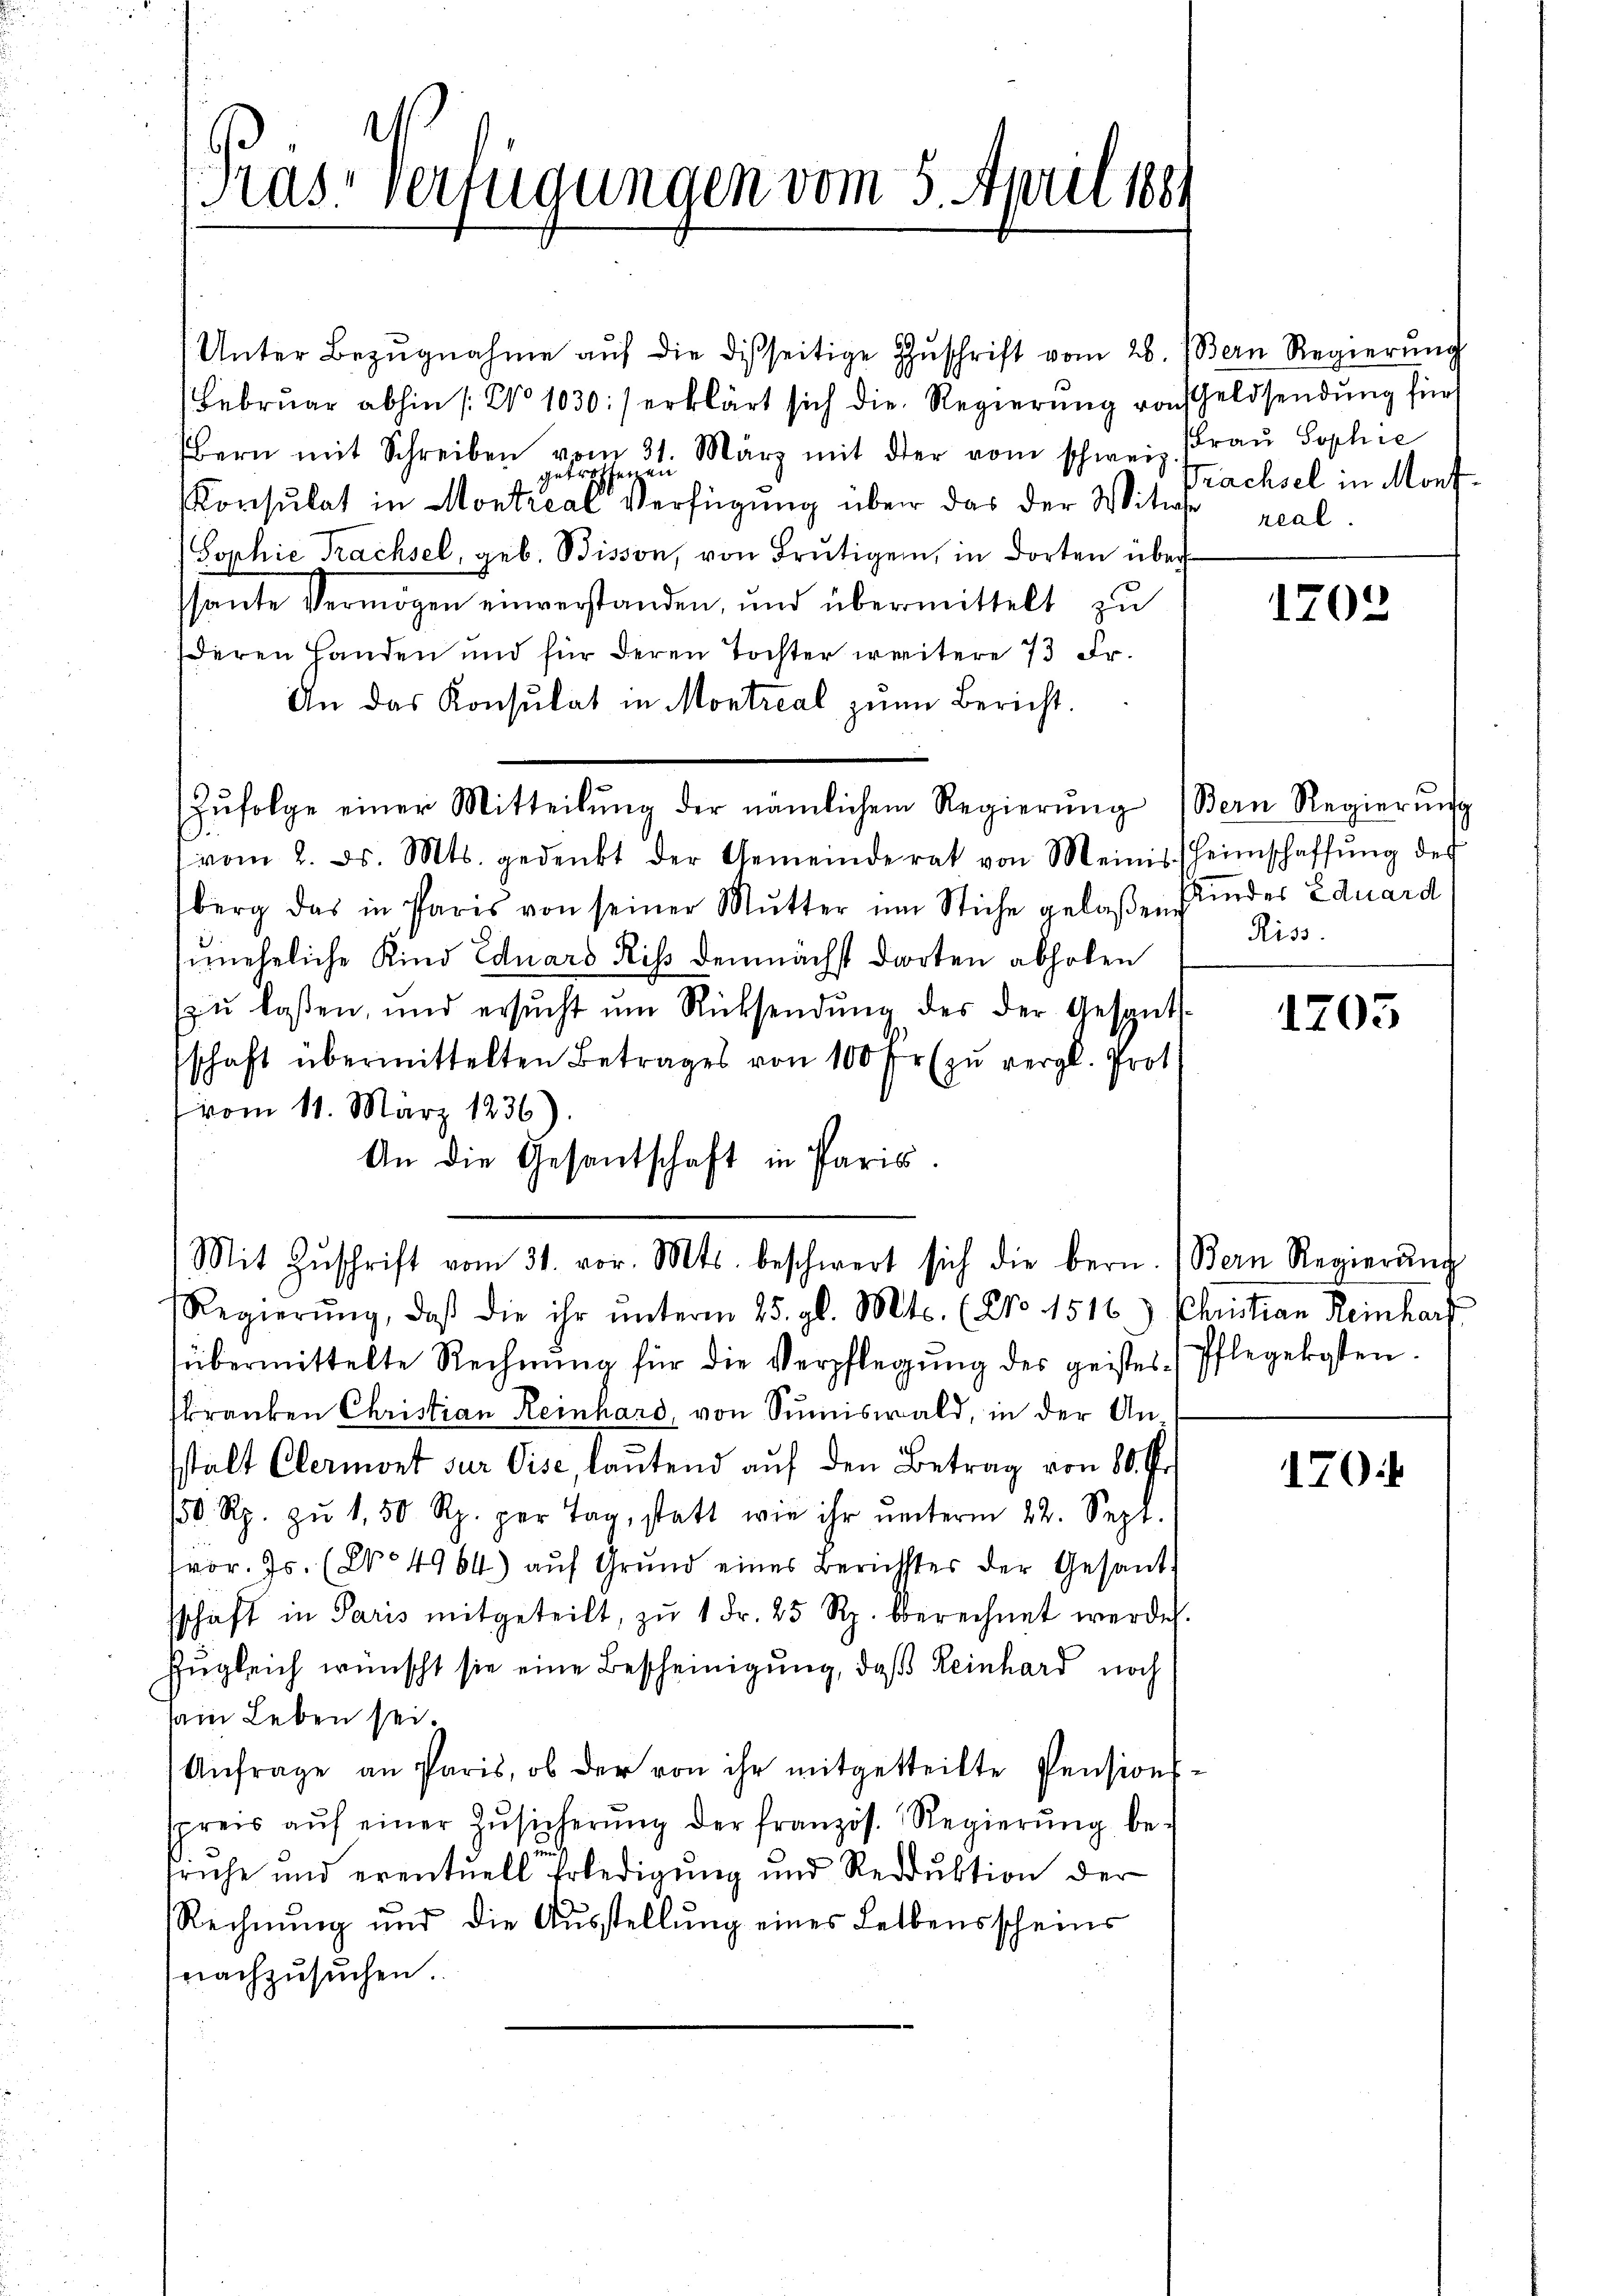
Kras Verfügungen vom 5. April 189

Unter Bezŭgnahme aŭf die disseitige Zŭschrift vom 28. Bern Regierŭng
Februar abhin /: No 1030:) erklärt sich die Regierung von Geldsendung für
bern mit Schreiben vom 31. März mit der vom schweiz. Fraŭ Sophie
seizen
getro
Konsulat in Montreal verfügung über das der Witwe
Sophie Trachsel, geb. Bisson, von Brŭtigen, in dorten über-
hante Vermögen einverstanden, und übermittelt zŭ
deren Landen und für deren Tochter weitere 73 Fr.
An das Konsulat in Montreal zum Bericht.
Zŭfolge einer Mitteilŭng der nämlichem Regierŭng (Bern Regierŭng
vom 2. ds. Mts. gedenkt der Gemeinderat von Meinis heimschaffŭng des
berg das in Paris von seiner Mŭtter im Stiche gelaßen der Eduard
zuneheliche Kind Eduard Riß demnächst dorten abholen
zŭ lassen, und ersŭcht ŭm Rücksendŭng des der Gesants-
schaft übermittelten Betrages von 100 fr zŭ vergl. Prot.
vom 11. März 1836
An die Gesandschaft in Paris.

übermittelte Rechnŭng für die Verpflegŭng der geistes Pflegekosten.
kranken Christian Reinhard, von Sumiswald, in der Anstalt Clermont sur Vise, lautend auf den Betrag von 80. Fr.
150 Rp. zŭ 1,50 Rp. per Tag, statt wie ihr ŭnterm 22. Sept.
vor. Js. (No 4964) aŭf Grŭnd eines Berichtes der Gesandt
sschaft in Paris mitgeteilt, zŭ 1 Fr. 25 Rp. berechnet werde.
Zugleich wünscht sie eine Bescheinigung, daß Reinhard noch
sein Leben sei.
Anfrage an Paris, ob der von ihr mitgetteilte Pensions-
spreis aŭf einer Zŭsicherŭng der französ. Regierŭng be-
triche und eventuell Erledigung und Reduktion der
Rechnung und die Aŭsstellung eines Lebensscheins
nachzusuchen.

Mit Zŭschrift vom 31. vor. Mts. beschwert sich die bern. (Bern Regierŭng
Regierŭng, daβ die ihr ŭnterm 25. gl. Mts. (No. 1516.) Christian Reinharf

Prachsel in Morfreal

1203

Riss.

1705

170